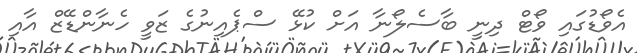
އެވޯޑުގައި ވޯޓް ދިނީ ބާސެލޯނާ އަށް ކުޅޭ ސްޕެއިނުގެ ޒަވީ ހެނާންޑޭޒް އާއި